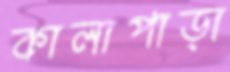
কালাপাড়া